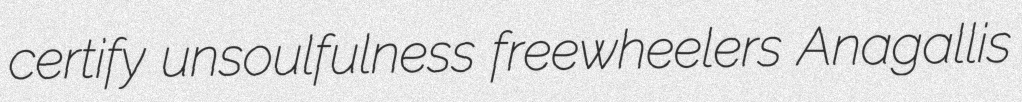
certify unsoulfulness freewheelers Anagallis